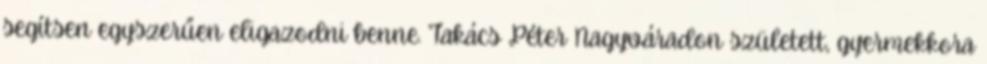
segítsen egyszerűen eligazodni benne. Takács Péter Nagyváradon született, gyermekkora